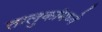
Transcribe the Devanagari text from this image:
तालुकांमध्ये